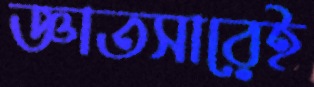
জ্ঞাতসারেই